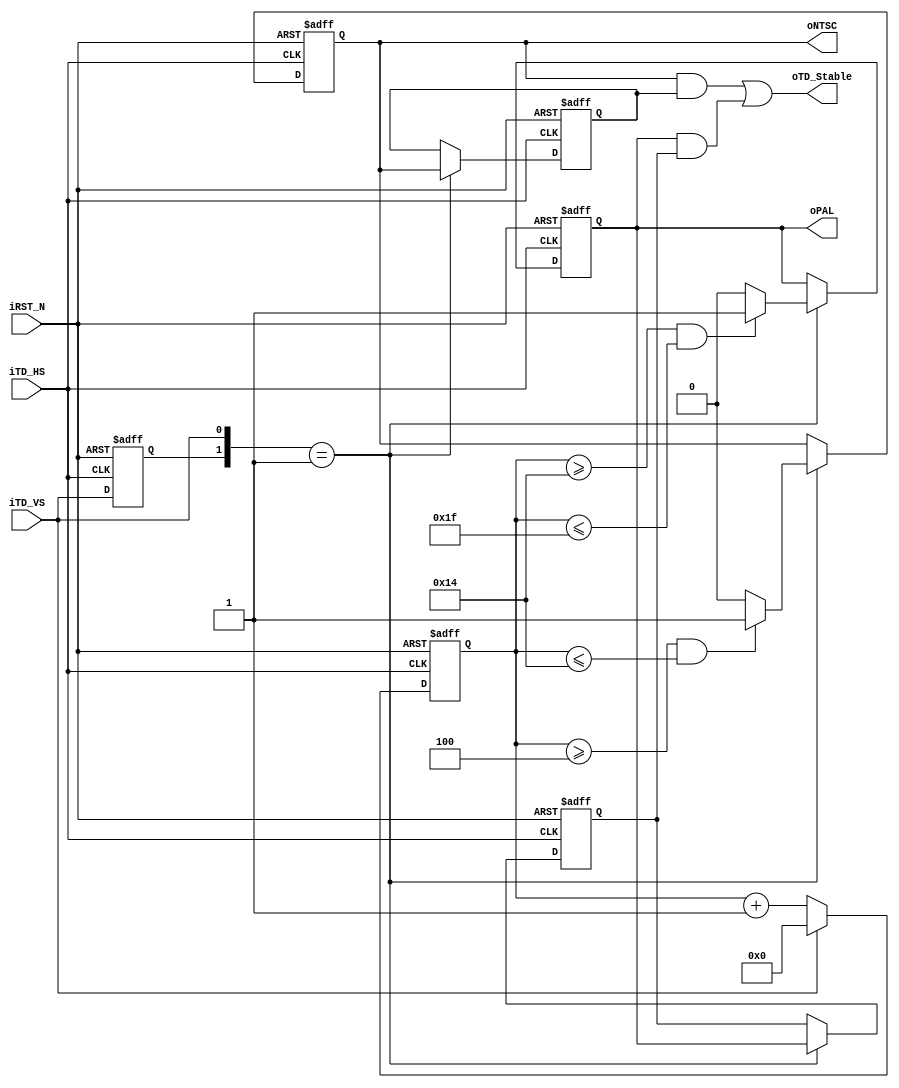
module TD_Detect(	
          oTD_Stable,
          oNTSC,
          oPAL,
					iTD_VS,
					iTD_HS,
					iRST_N	);
input		iTD_VS;
input		iTD_HS;
input		iRST_N;
output	oTD_Stable;
output  oNTSC;
output  oPAL;
reg			NTSC,preNTSC;
reg			PAL,prePAL;
reg			Pre_VS;
reg	[7:0]	Stable_Cont;

assign	oTD_Stable	=	(NTSC & preNTSC) || (PAL & prePAL) ;
assign  oNTSC  = NTSC;
assign  oPAL   = PAL;

always@(posedge iTD_HS or negedge iRST_N)
	if(!iRST_N)
	begin
		Pre_VS		  <=	1'b0;
		Stable_Cont	<=	4'h0;
		NTSC	   <=	1'b0;
		PAL     	<=	1'b0;
		preNTSC	<=	1'b0;
		prePAL  	<=	1'b0;
	end
	else
	begin
		Pre_VS	<=	iTD_VS;
		if(!iTD_VS)
		  Stable_Cont	<=	Stable_Cont+1'b1;
		else
		  Stable_Cont	<=	0;
		
		if({Pre_VS,iTD_VS}==2'b01)
		begin
		
	   	preNTSC	<=	NTSC;    //add by Dee Zeng
	    	prePAL  	<=	PAL;
		
			if((Stable_Cont>=4 && Stable_Cont<=8'h14))
			  NTSC	<=	1'b1;
			else
			  NTSC	<=	1'b0;
			
			if((Stable_Cont>=8'h14 && Stable_Cont<=8'h1f))
			  PAL	<=	1'b1;
			else
			  PAL	<=	1'b0;
			  
		end
	end

endmodule